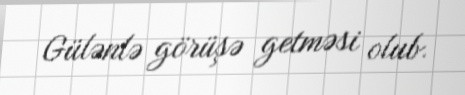
Gülənlə görüşə getməsi olub.